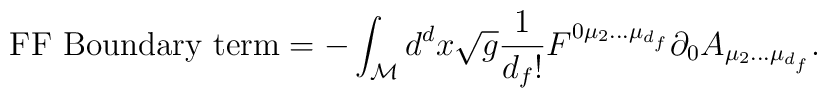
\textnormal{FF Boundary term} = - \int_{\cal M} d^dx \sqrt g \frac{1}{d_f!} F^{0 \mu_2... \mu_{d_f}} \partial_0 A_{\mu_2... \mu_{d_f}}.